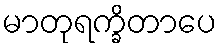
မာတုရက္ခိတာပေ